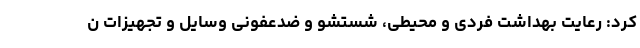
کرد: رعایت بهداشت فردی و محیطی، شستشو و ضدعفونی وسایل و تجهیزات ن